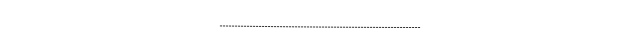
-------------------------------------------------------------------